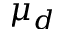
\mu _ { d }